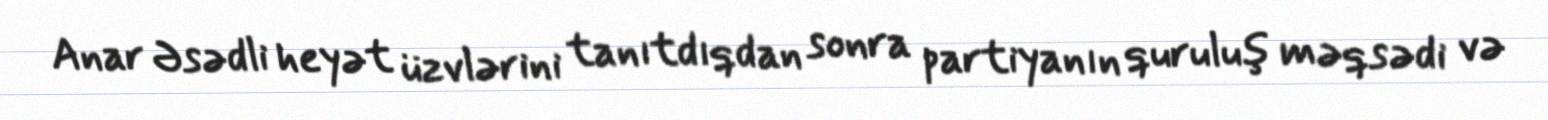
Anar Əsədli heyət üzvlərini tanıtdıqdan sonra partiyanın quruluş məqsədi və